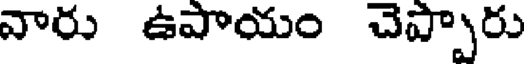
వారు ఉపాయం చెప్పారు